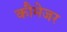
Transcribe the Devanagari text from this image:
कौमेजर